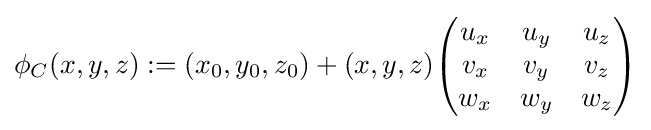
\phi _{C}(x,y,z):=(x_{0},y_{0},z_{0})+(x,y,z){\begin{pmatrix}u_{x}&u_{y}&u_{z}\\v_{x}&v_{y}&v_{z}\\w_{x}&w_{y}&w_{z}\end{pmatrix}}